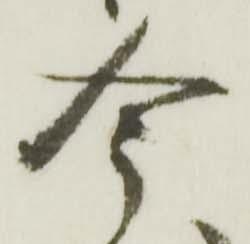
今